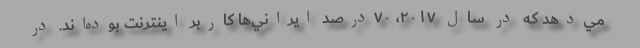
مي‌دهد كه در سال ۲۰۱۷، ۷۰درصد ايراني‌ها كاربر اينترنت بوده‌اند. در